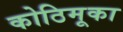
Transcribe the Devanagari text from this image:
कोठिमूका